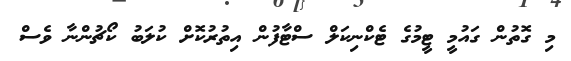
މި ގޮތުން ގައުމީ ޓީމުގެ ޓެކްނިކަލް ސްޓާފުން އިތުރުކޮށް ކުލަބު ކޯޗުންނާ ވެސް